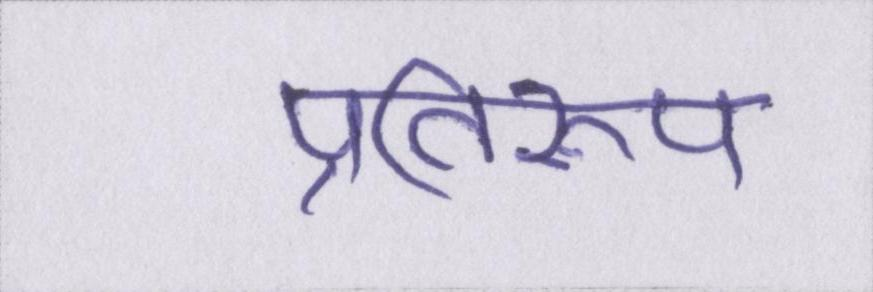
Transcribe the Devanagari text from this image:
प्रतिरूप